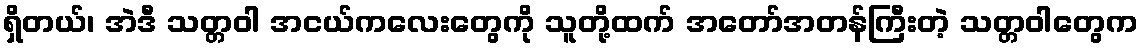
ရှိတယ်၊ အဲဒီ သတ္တဝါ အငယ်ကလေးတွေကို သူတို့ထက် အတော်အတန်ကြီးတဲ့ သတ္တဝါတွေက